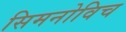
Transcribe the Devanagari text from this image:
सिमनोविच